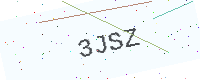
Text: 3JSZ